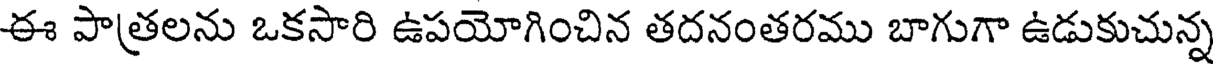
ఈ పాత్రలను ఒకసారి ఉపయోగించిన తదనంతరము బాగుగా ఉడుకుచున్న